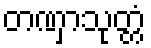
တဏှာသုတ္တံ